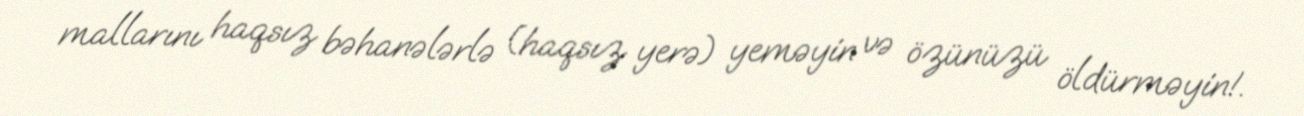
mallarını haqsız bəhanələrlə (haqsız yerə) yeməyin və özünüzü öldürməyin!.